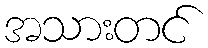
အသားတင်